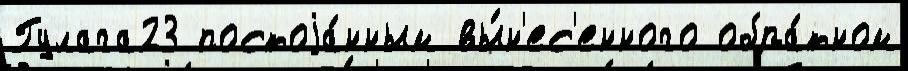
Гулага23 постоjа́нным вы́н'ес'енного обра́тном